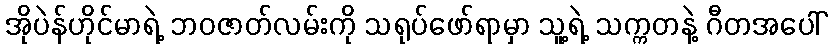
အိုပဲန်ဟိုင်မာရဲ့ ဘဝဇာတ်လမ်းကို သရုပ်ဖော်ရာမှာ သူ့ရဲ့ သက္ကတနဲ့ ဂီတအပေါ်